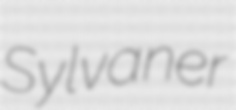
Sylvaner